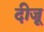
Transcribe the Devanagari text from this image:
दीजू